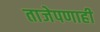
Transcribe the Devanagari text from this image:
ताजेपणाही